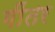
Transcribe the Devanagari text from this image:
गींतर